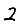
Digit: 2